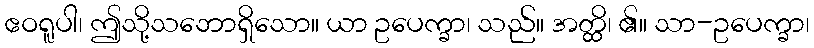
ဧဝရူပါ၊ ဤသို့သဘောရှိသော။ ယာ ဥပေက္ခာ၊ သည်။ အတ္ထိ၊ ၏။ သာ-ဥပေက္ခာ၊